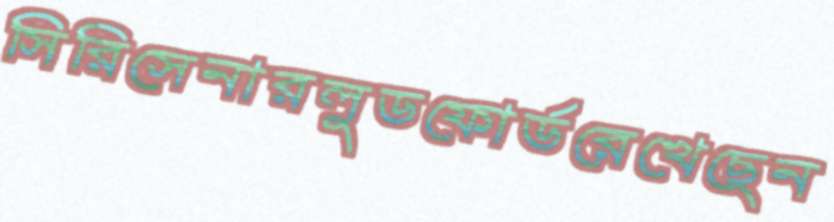
সিরিসেনারলুডফোর্ডরেখেছেন